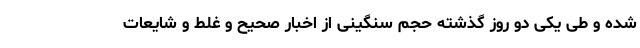
شده و طی یکی دو روز گذشته حجم سنگینی از اخبار صحیح و غلط و شایعات